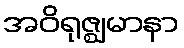
အဝိရုဇ္ဈမာနာ